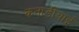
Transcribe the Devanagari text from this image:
कनाडीयाई